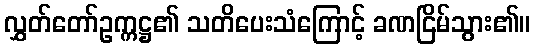
လွှတ်တော်ဥက္ကဋ္ဌ၏ သတိပေးသံကြောင့် ခဏငြိမ်သွား၏။